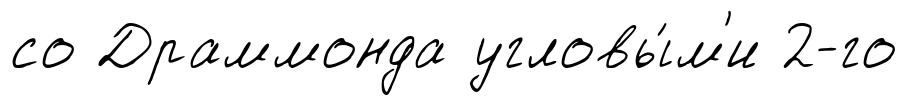
со Драммонда угловы́м'и 2-го